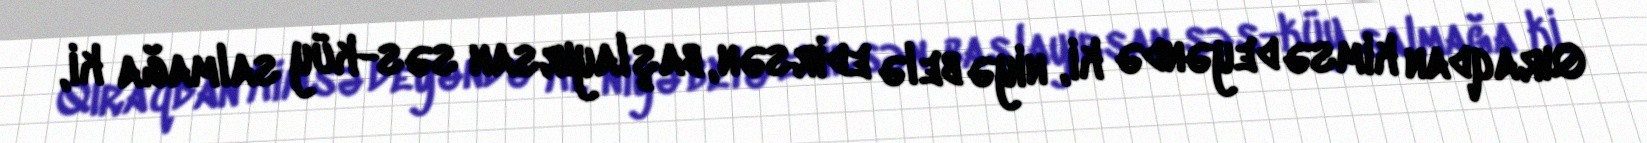
Qıraqdan kimsə deyəndə ki, niyə belə edirsən, başlayırsan səs-küy salmağa ki,